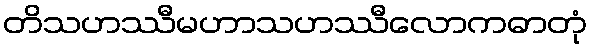
တိသဟဿီမဟာသဟဿီလောကဓာတုံ